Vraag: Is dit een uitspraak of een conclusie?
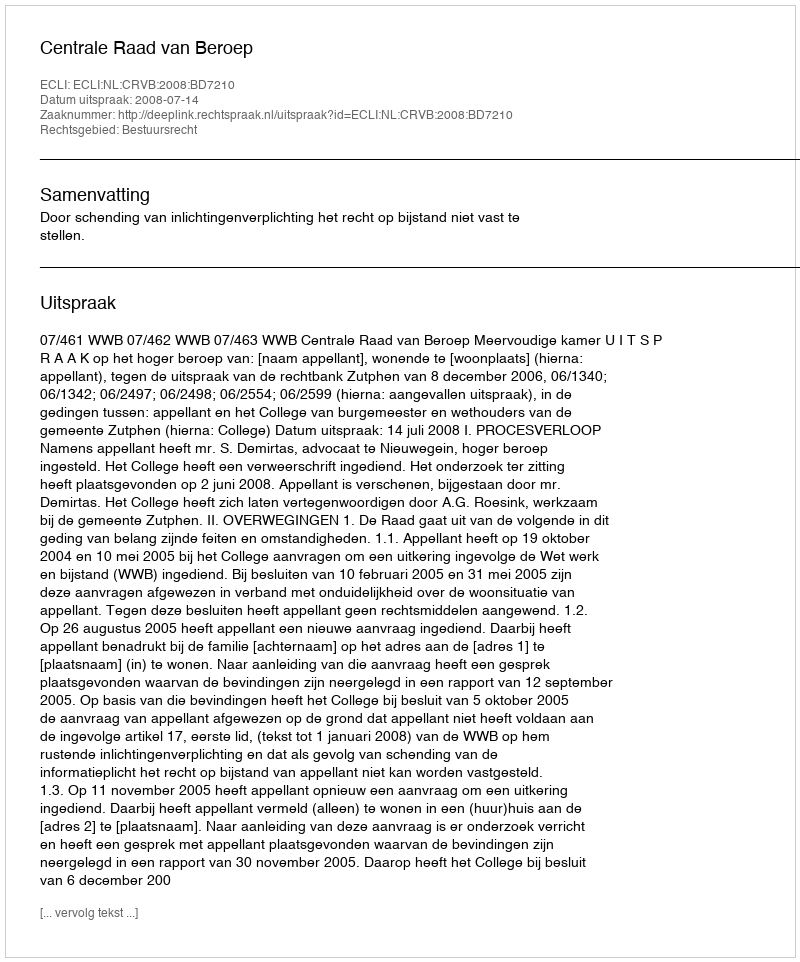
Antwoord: Uitspraak